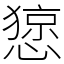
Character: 𢠃